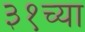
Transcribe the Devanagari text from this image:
३१च्या